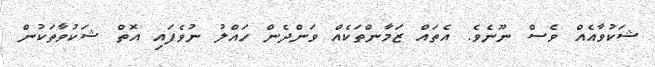
ޝަކުވާއެއް ވެސް ނޫނެވެ. އެތައް ޒަމާންތަކެއް ވަންދެން ހައްލު ނުވެފައި އޮތް ޝަކުވާތަކުން